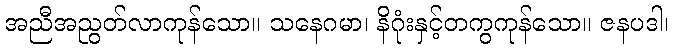
အညီအညွတ်လာကုန်သော။ သနေဂမာ၊ နိဂုံးနှင့်တကွကုန်သော။ ဇနပဒါ၊